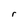
Character: r